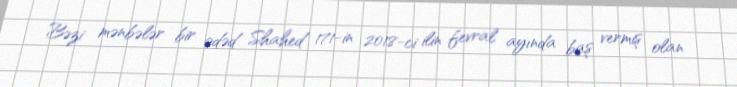
Bəzi mənbələr bir ədəd Shahed 171-in 2018-ci ilin fevral ayında baş vermiş olan